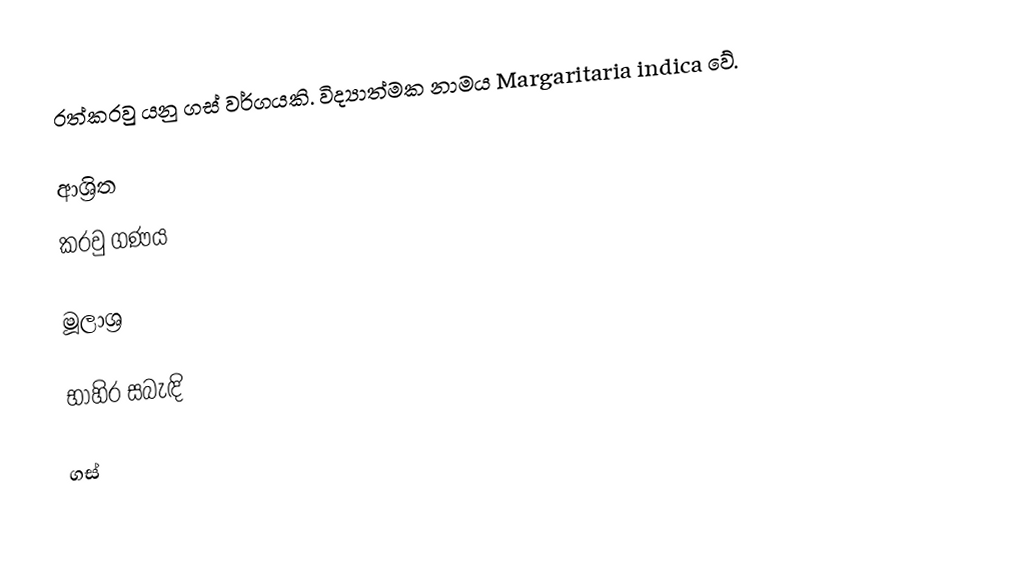
රත්කරවු යනු ගස් වර්ගයකි. විද්‍යාත්මක නාමය Margaritaria indica වේ.

ආශ්‍රිත
 කරවු ගණය

මූලාශ්‍ර

භාහිර සබැඳි

ගස්